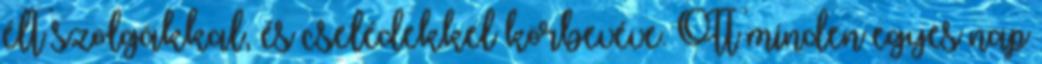
élt szolgákkal, és cselédekkel körbevéve. Ott minden egyes nap